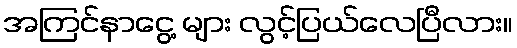
အကြင်နာငွေ့ များ လွင့်ပြယ်လေပြီလား။